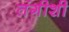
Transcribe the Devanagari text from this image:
तंगीशी